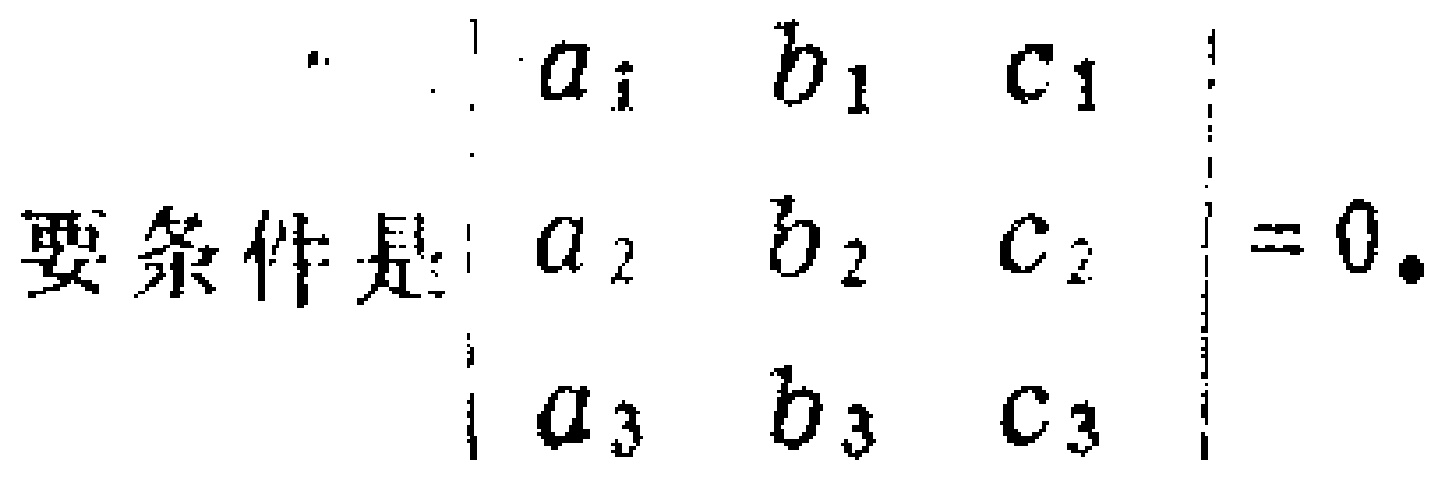
要条件是：$\begin{vmatrix}

a_{1} & b_{1} & c_{1}\\

a_{2} & b_{2} & c_{2}\\

a_{3} & b_{3} & c_{3}

\end{vmatrix}=0$。